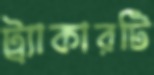
ট্র্যাকারটি